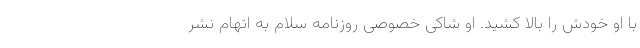
با او خودش را بالا کشید. او شاکی خصوصی روزنامه سلام به اتهام نشر